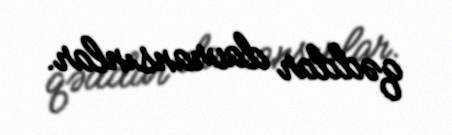
qəddar davransınlar.